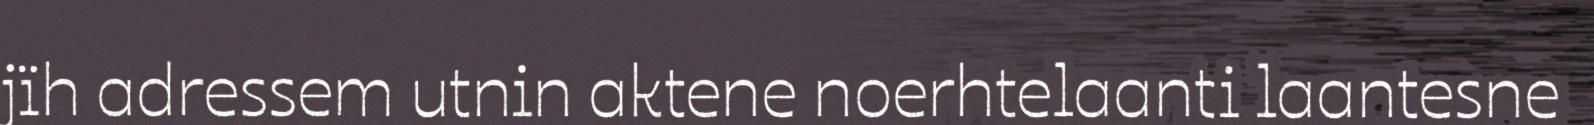
jïh adressem utnin aktene noerhtelaanti laantesne